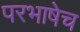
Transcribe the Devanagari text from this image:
परभाषेच